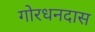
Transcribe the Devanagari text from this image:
गोरधनदास